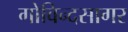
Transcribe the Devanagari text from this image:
गोविन्दसागर